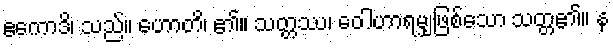
ဧကောဒိ၊ သည်။ ဟောတိ၊ ၏။ သတ္တဿ၊ ဝေါဟာရမျှဖြစ်သော သတ္တ၏။ န